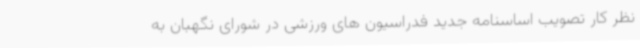
نظر کار تصویب اساسنامه جدید فدراسیون های ورزشی در شورای نگهبان به